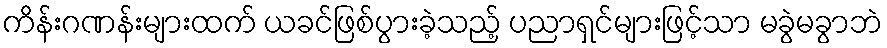
ကိန်းဂဏန်းများထက် ယခင်ဖြစ်ပွားခဲ့သည့် ပညာရှင်များဖြင့်သာ မခွဲမခွာဘဲ